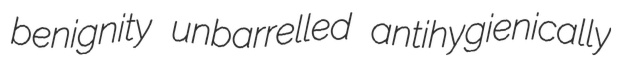
benignity unbarrelled antihygienically